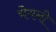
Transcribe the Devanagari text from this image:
चेयनी